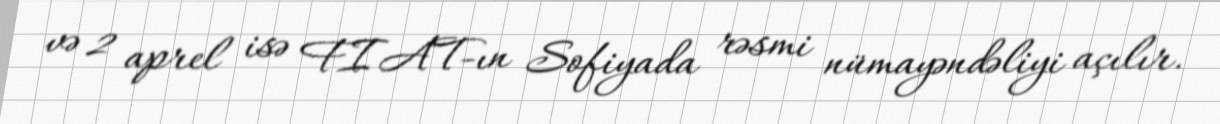
və 2 aprel isə FIAT-ın Sofiyada rəsmi nümayəndəliyi açılır.